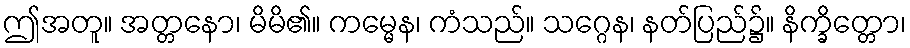
ဤအတူ။ အတ္တနော၊ မိမိ၏။ ကမ္မေန၊ ကံသည်။ သဂ္ဂေန၊ နတ်ပြည်၌။ နိက္ခိတ္တော၊